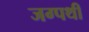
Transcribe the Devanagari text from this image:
जग्पथी